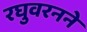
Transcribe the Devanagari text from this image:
रघुवरनने